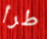
طرأ